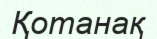
Қотанақ